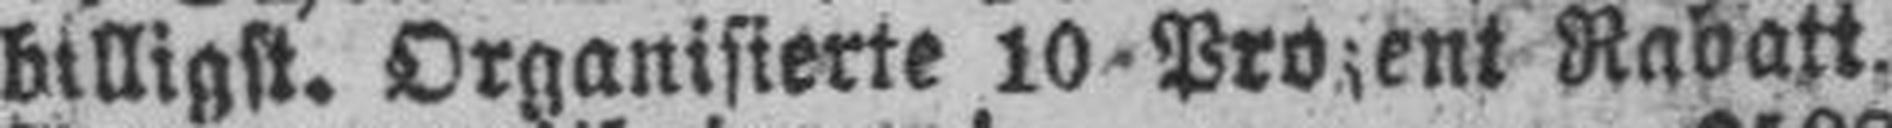
billigst. Organisierte 10-Prozent Rabatt.